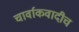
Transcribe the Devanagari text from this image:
चार्वाकवादीच